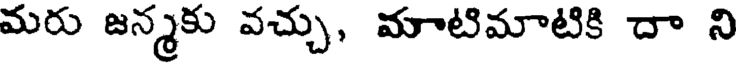
మరు జన్మకు వచ్చు, మాటిమాటికి దా ని